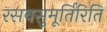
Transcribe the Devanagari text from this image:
रसवसुमूर्तिरिति